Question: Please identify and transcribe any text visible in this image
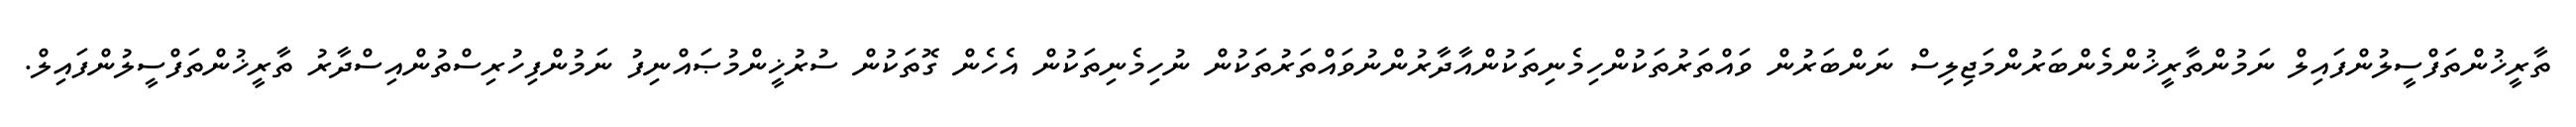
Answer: ތާރީޚުންތަފްސީލުންފައިލް ނަމުންތާރީޚުންމެންބަރުންމަޖިލިސް ނަންބަރުން ވައްތަރުތަކުންހިމެނިތަކުންއާދާރުންނުވައްތަރުތަކުން ނުހިމެނިތަކުން އެހެން ގޮތަކުން ސުރުޚީންމުޞައްނިފު ނަމުންފިހުރިސްތުންއިސްދާރު ތާރީޚުންތަފްސީލުންފައިލް.